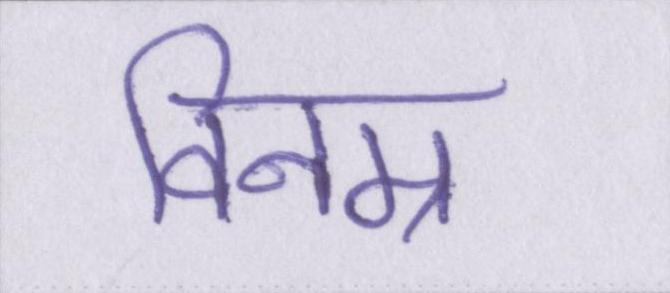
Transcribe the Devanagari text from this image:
विनम्र